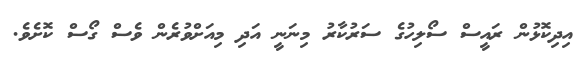
އިދިކޮޅުން ރައީސް ސޯލިހުގެ ސަރުކާރު މިނަނީ އަދި މިއަށްވުރެން ވެސް ގޯސް ކޮށެވެ.